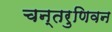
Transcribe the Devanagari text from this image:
चन्तरुणिवन